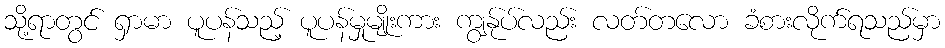
သို့ရာတွင် ရှာမာ ပူပန်သည့် ပူပန်မှုမျိုးကား ကျွန်ုပ်လည်း လတ်တလော ခံစားလိုက်ရသည်မှာ